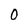
Character: 0